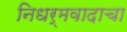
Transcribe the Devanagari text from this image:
निधर्मवादाचा